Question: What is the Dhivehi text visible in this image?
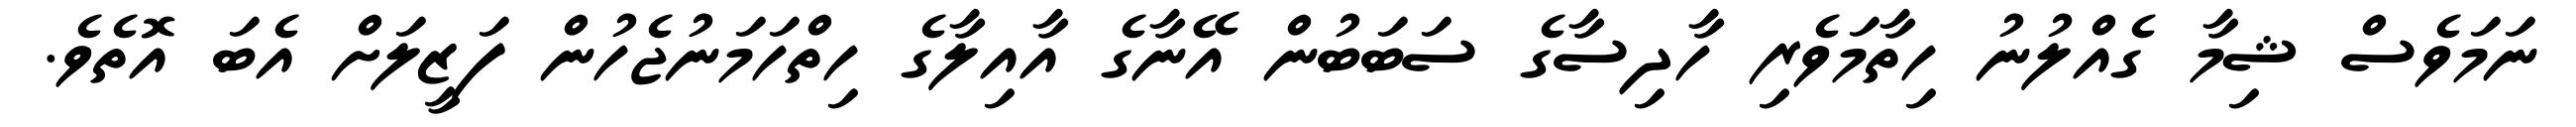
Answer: ނަމަވެސް ޝިމާ ގެއްލުނު ހިތާމަވެރި ހާދިސާގެ ސަބަބުން އޭނާގެ އާއިލާގެ ހިތްހަމަނުޖެހުން ފަޒީލަށް އެބަ އޮތެވެ.